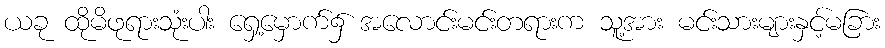
ယခု ထိုမိဖုရားသုံးပါး ရှေ့မှောက်၌ အလောင်းမင်းတရားက သူ့အား မင်းသားများနှင့်မခြား